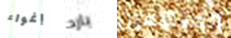
إغواء بارد المتهمين